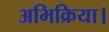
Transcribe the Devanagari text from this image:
अभिक्रिया।